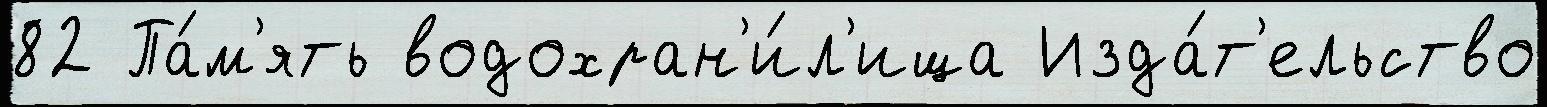
82 Па́м'ять водохран'и́л'ища Изда́т'ельство